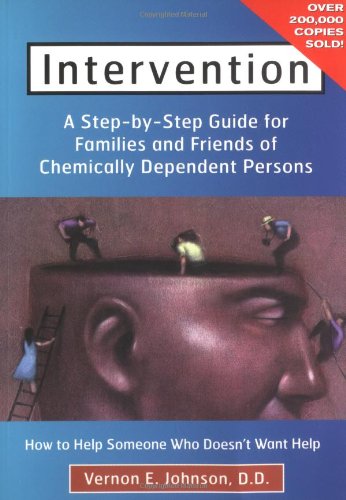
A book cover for Intervention: How to Help Someone Who Doesn't Want Help; Vernon E Johnson; Health, Fitness & Dieting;